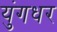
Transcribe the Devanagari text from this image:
युंगधर